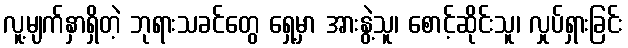
လူ့မျက်နှာရှိတဲ့ ဘုရားသခင်တွေ ရှေ့မှာ အားနွဲ့သူ၊ စောင့်ဆိုင်းသူ၊ လှုပ်ရှားခြင်း